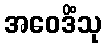
အဝေဒိံသု